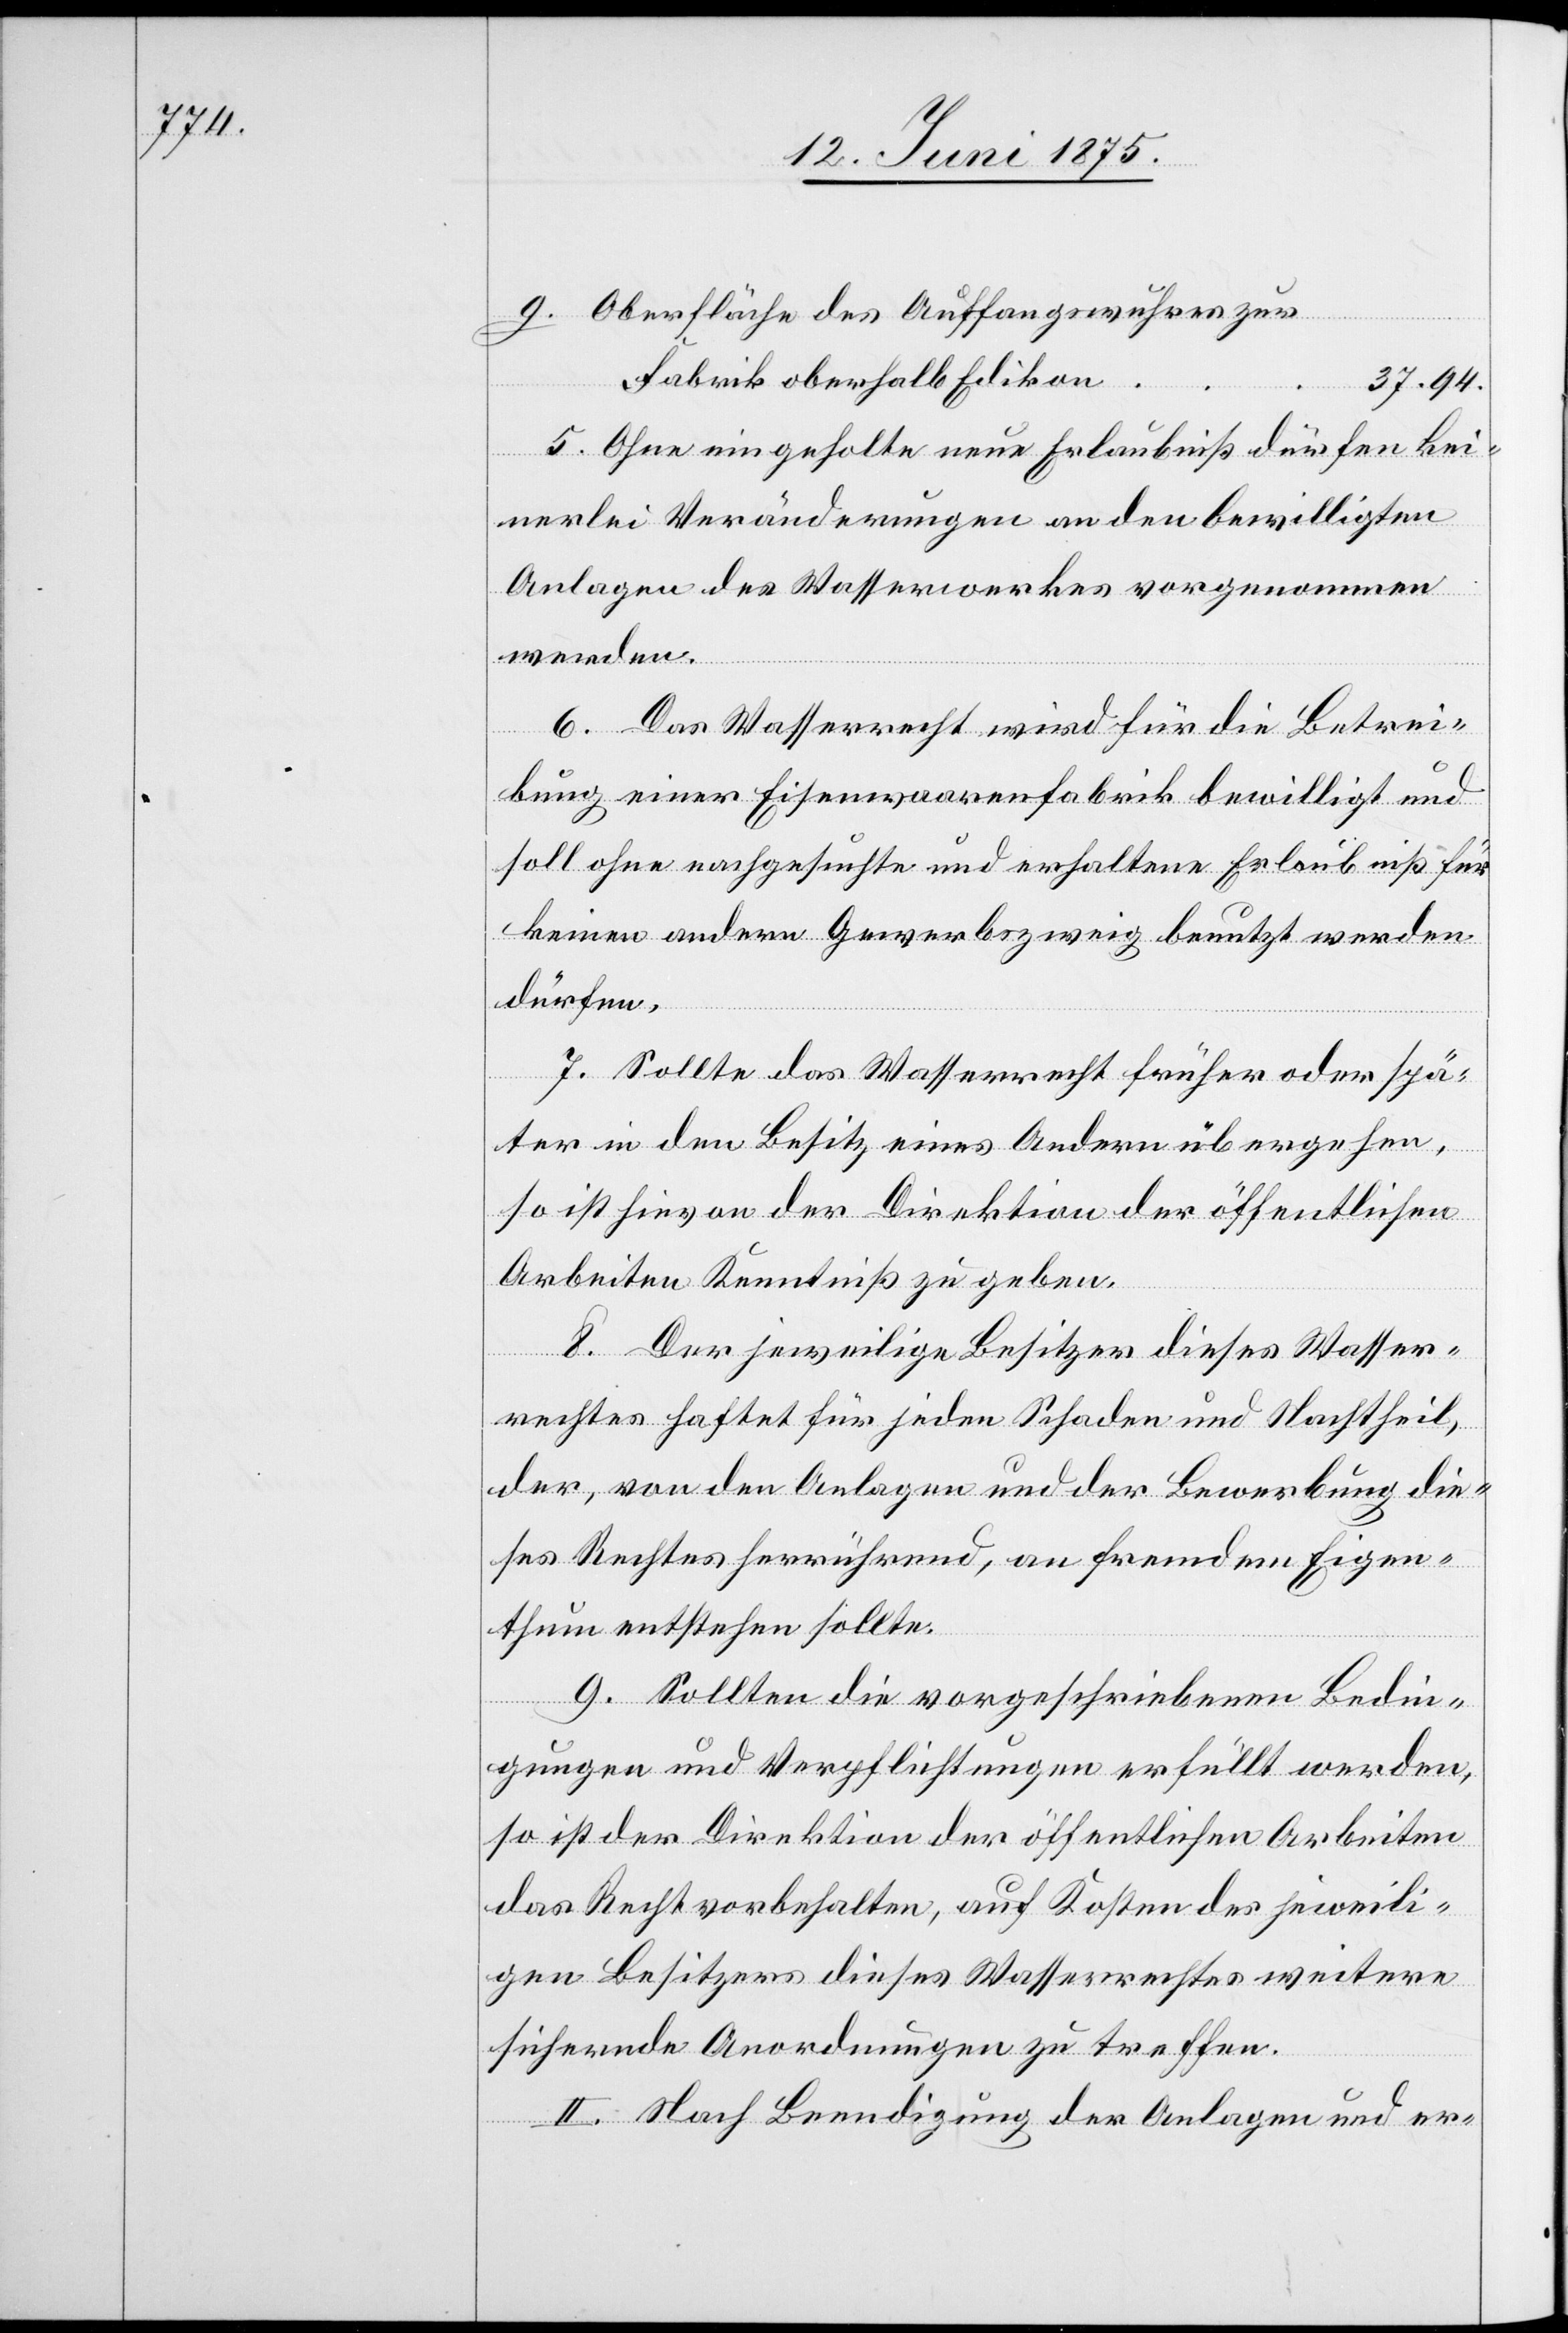
Oberfläche des Auffangswuhres zur
Fabrik oberhalb Edikon
37.94.
5. Ohne eingeholte neue Erlaubniß dürfen kei¬
nerlei Veränderungen an den bewilligten
Anlagen des Wasserwerkes vorgenommen
werden.
g.
6. Das Wasserrecht wird für die Betrei¬
bung einer Eisenwarenfabrik bewilligt und
soll ohne nachgesuchte und erhaltene Erlaubniß muß für
keinen andern Gewerbszweig benutzt werden
dürfen.
7. Sollte das Wasserrecht früher oder spä¬
ter in den Besitz eines Andern übergehen,
so ist hievon der Direktion der öffentlichen
Arbeiten Kenntniß zu geben.
8. Der jeweilige Besitzer dieses Wasser¬
rechtes haftet für jeden Schaden und Nachtheil,
der, von den Anlagen und der Bewerbung die¬
ses Rechtes herrührend, an fremdem Eigen¬
thum entstehen sollte.
9. Sollten die vorgeschriebenen Bedin¬
gungen und Verpflichtungen erfüllt werden,
so ist der Direktion der öffentlichen Arbeiten
das Recht vorbehalten, auf Kosten des jeweili¬
gen Besitzers dieses Wasserrechtes weitere
sichernde Anordnungen zu treffen.
II. Nach Beendigung der Anlagen und er-